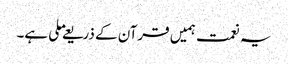
یہ نعمت ہمیں قرآن کے ذریعے ملی ہے۔